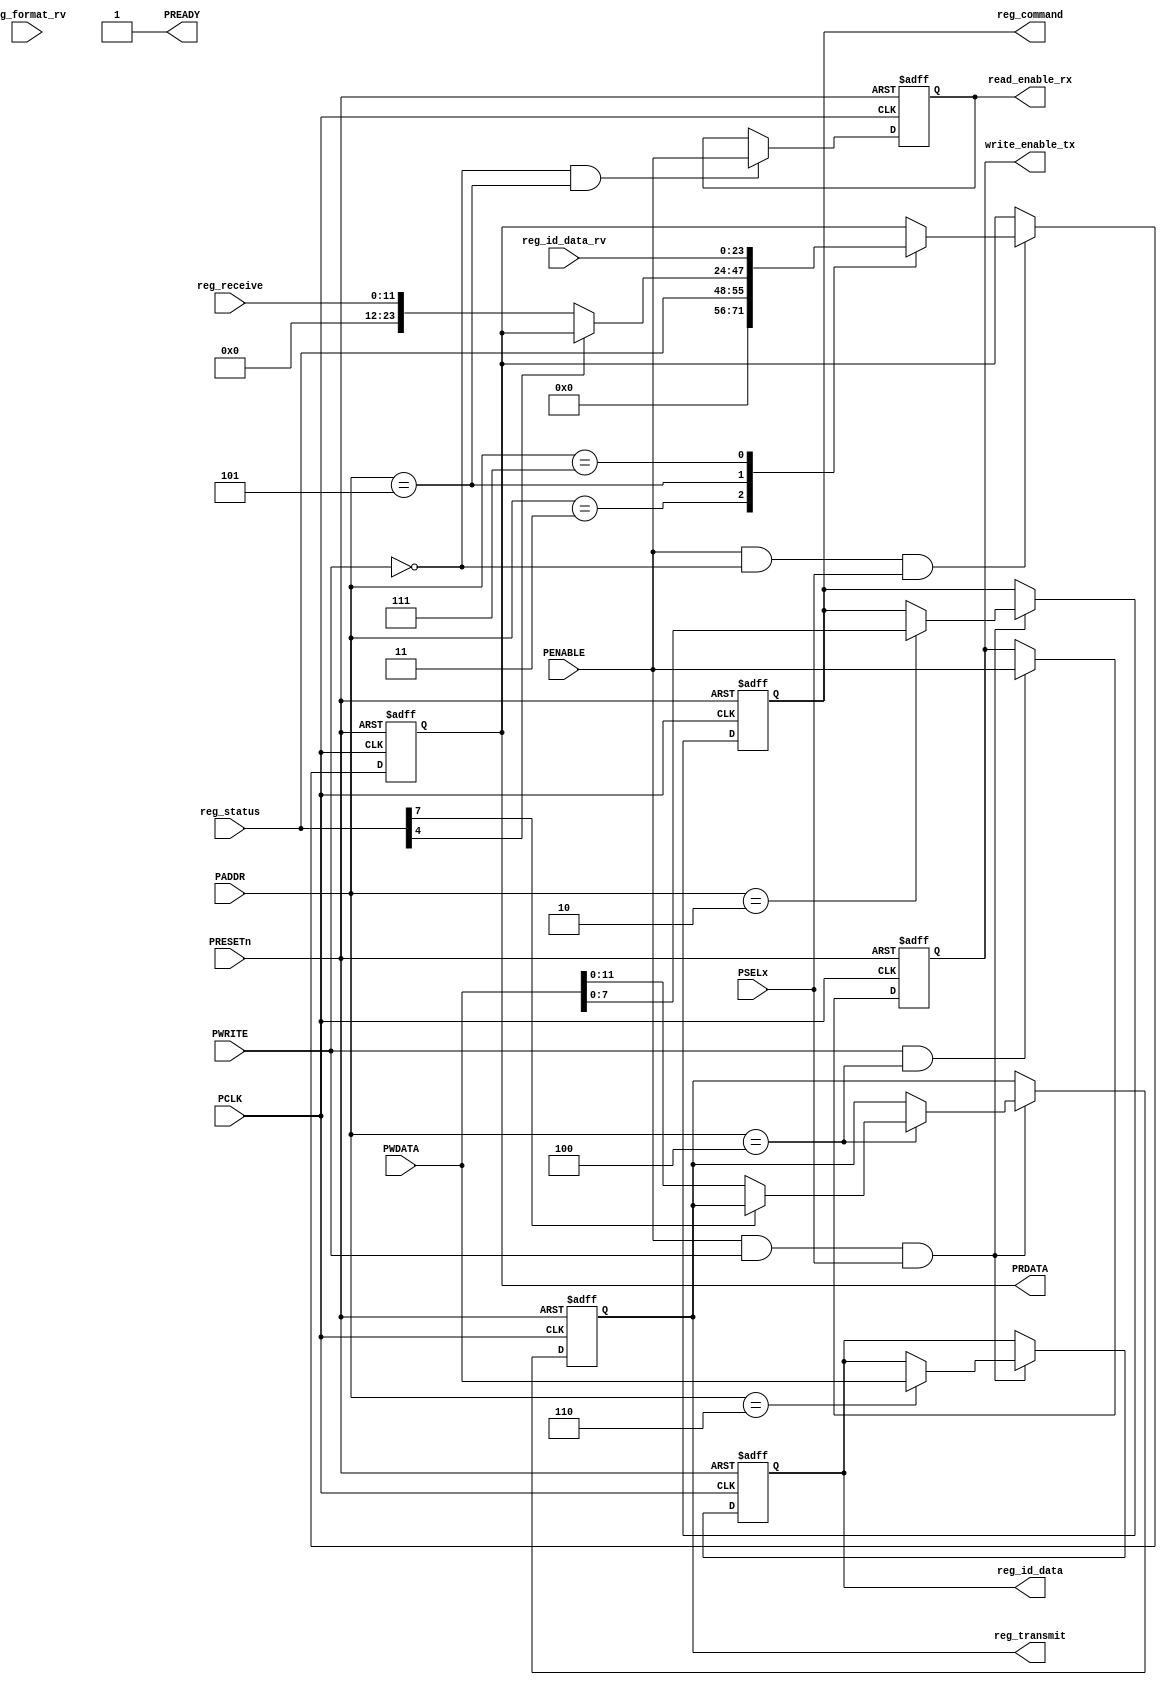
module apb_slave 
	#(parameter ADDRESSWIDTH= 3,
	parameter DATAWIDTH= 24)

	(
	input PCLK,
	input PRESETn,
	input [ADDRESSWIDTH-1:0]PADDR,
	input [DATAWIDTH-1:0] PWDATA,
	input PWRITE,
	input PSELx,
	input PENABLE,
	output reg [DATAWIDTH-1:0] PRDATA,
	output reg PREADY = 1,

	//register
	input [7:0] reg_status,  
	output reg [7:0] reg_command, 
	output reg [11:0] reg_transmit, 
	input [11:0] reg_receive, 
	output reg [23:0] reg_id_data,
	input [23:0] reg_id_data_rv,
	input [7:0] reg_format_rv,
	//output control fifo tx
	output reg write_enable_tx,
	output reg read_enable_rx
	
	);

	always @(posedge PCLK or negedge PRESETn) begin
 		if(!PRESETn) begin
			PRDATA <= 0;
			reg_command <= 0;
			reg_transmit <= 0; 
			write_enable_tx <= 0;
			read_enable_rx <= 0;
			reg_id_data <= 0;
		end
		else begin
			if (PENABLE & PWRITE & PSELx) begin
				case (PADDR)
					2: reg_command <= PWDATA;
					4: begin
						if(!reg_status[7]) begin	
							reg_transmit <= PWDATA;
						end
						
					end
					6: reg_id_data <= PWDATA;
				endcase
			end

			if (PWRITE & PADDR == 4) begin
				write_enable_tx <= PENABLE;
			end

			if(PENABLE & !PWRITE & PSELx) begin
				case (PADDR)
					3: PRDATA <= reg_status;
					5: begin 
						if(!reg_status[4]) begin
							PRDATA <= reg_receive;
						end
					end
					7: PRDATA <= reg_id_data_rv;
					9: PRDATA <= reg_format_rv;
				endcase
			end

			if (!PWRITE & PADDR == 5) read_enable_rx <= PENABLE;
		end
	end
endmodule